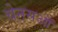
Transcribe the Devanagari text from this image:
चेनसऑ